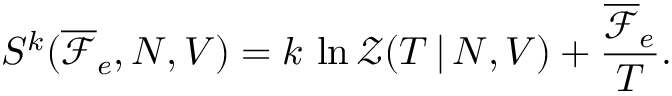
S ^ { k } ( \overline { \mathcal { F } } _ { e } , N , V ) = k \, \ln \mathcal { Z } ( T \, | \, N , V ) + \frac { \overline { \mathcal { F } } _ { e } } { T } .